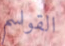
القواسم